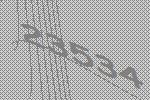
23534